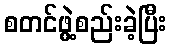
စတင်ဖွဲ့စည်းခဲ့ပြီး